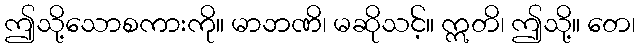
ဤသို့သောစကားကို။ မာဘဏိ၊ မဆိုသင့်။ ဣတိ၊ ဤသို့။ တေ၊